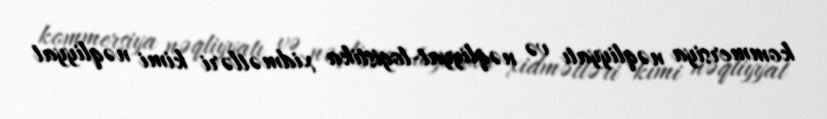
kommersiya nəqliyyatı və nəqliyyat-logistika xidmətləri kimi nəqliyyat